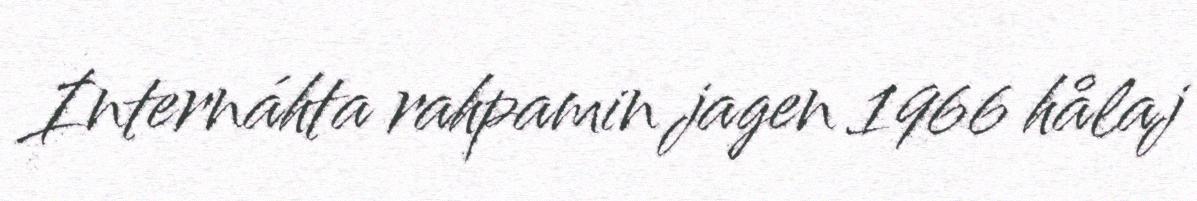
Internáhta rahpamin jagen 1966 hålaj